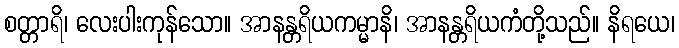
စတ္တာရိ၊ လေးပါးကုန်သော။ အာနန္တရိယကမ္မာနိ၊ အာနန္တရိယကံတို့သည်။ နိရယေ၊